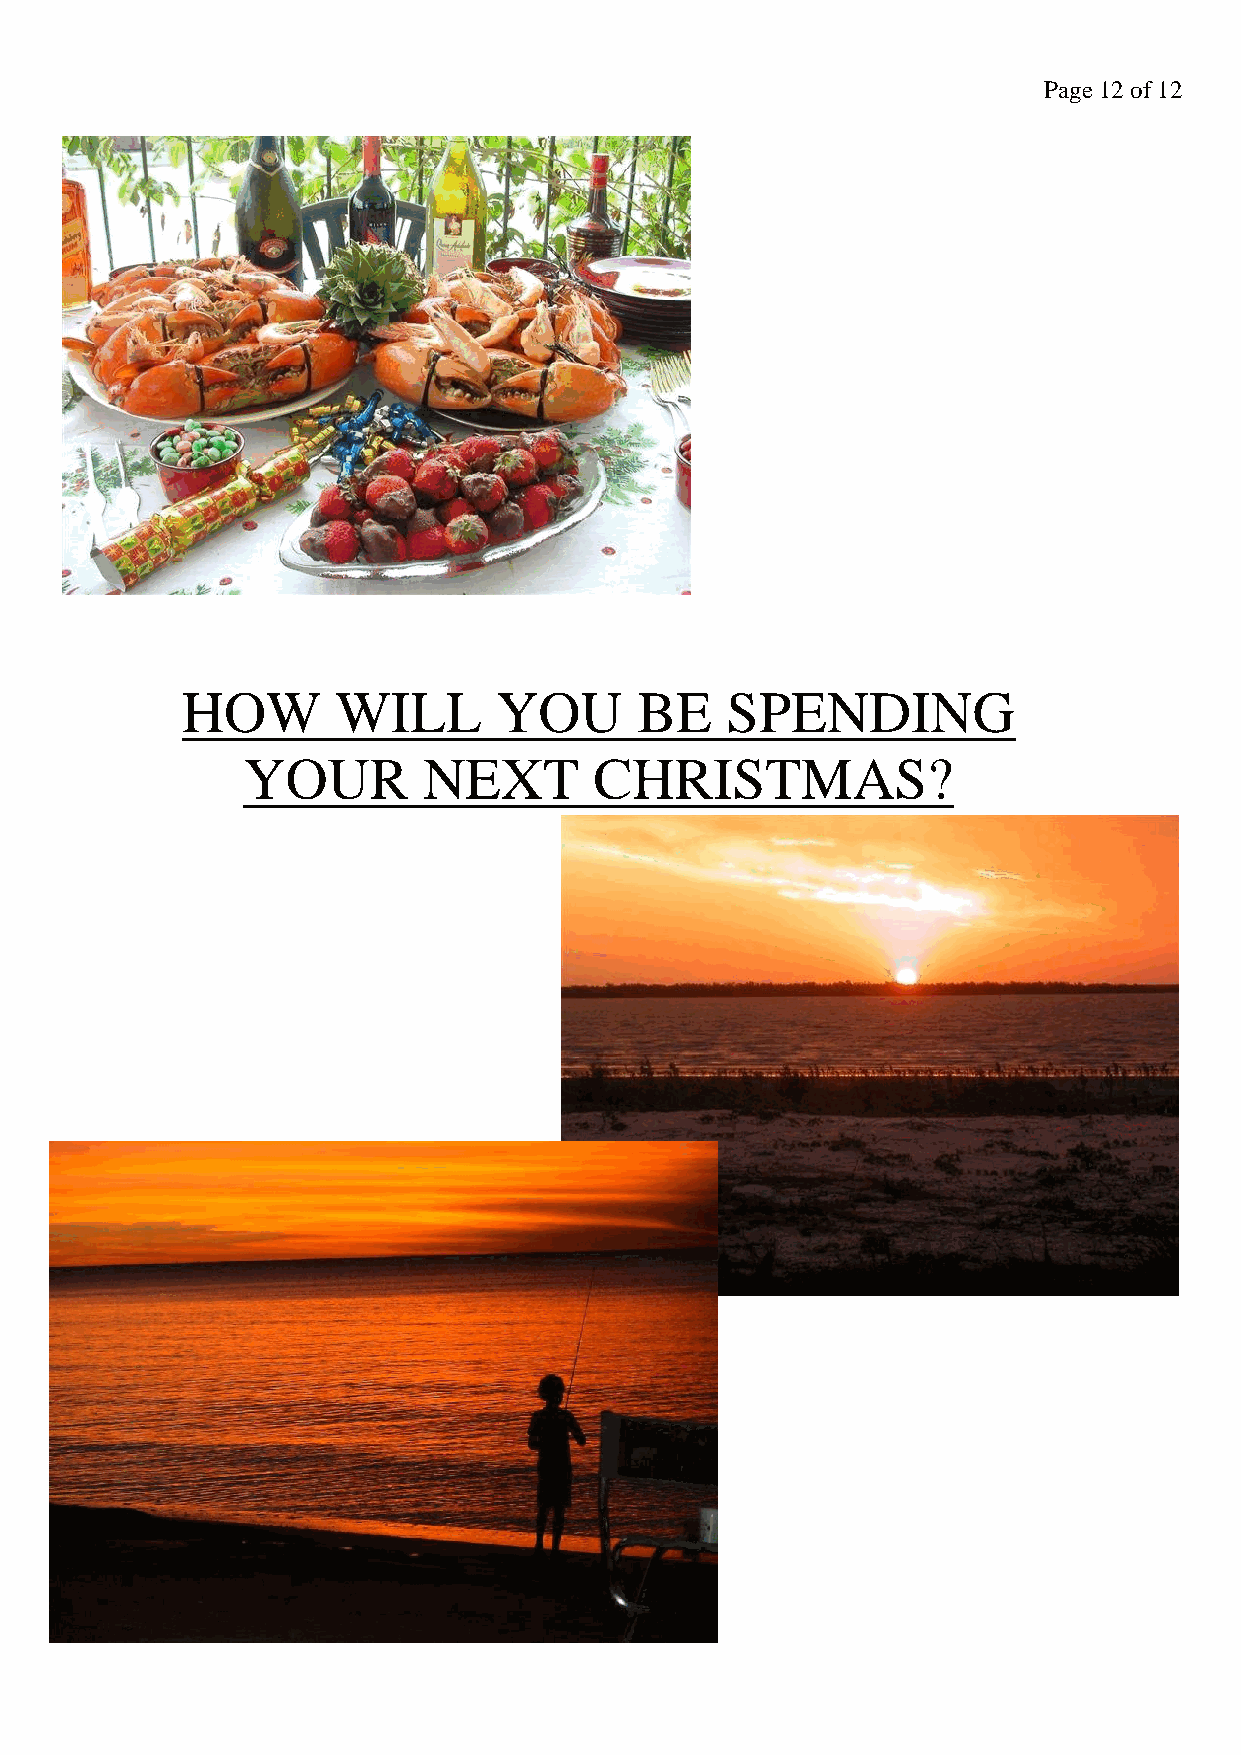
Page 12 of 12
 HOW       WILL       YOU      BE    SPENDING
 YOUR        NEXT       CHRISTMAS?